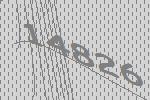
14826